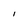
Character: l